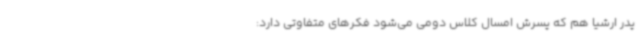
پدر ارشیا هم که پسرش امسال کلاس دومی‌ می‌شود فکرهای متفاوتی دارد: